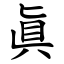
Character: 眞